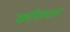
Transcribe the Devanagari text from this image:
कपिलस्य